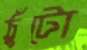
ঠুঁটো